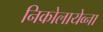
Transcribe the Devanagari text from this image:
निकोलायेव्ना